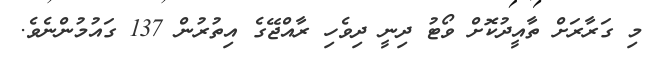
މި ގަރާރަށް ތާއީދުކޮށް ވޯޓު ދިނީ ދިވެހި ރާއްޖޭގެ އިތުރުން 137 ގައުމުންނެވެ.